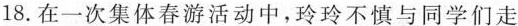
18.在一次集体春游活动中，玲玲不慎与同学们走